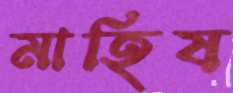
মাহিষ